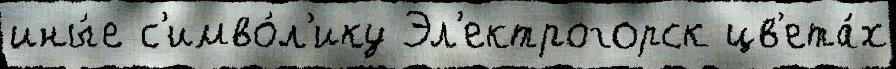
ины́е с'имво́л'ику Эл'ектрогорск цв'ета́х